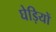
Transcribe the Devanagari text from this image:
घेड़ियों